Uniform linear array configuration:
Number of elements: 64
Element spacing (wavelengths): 0.5
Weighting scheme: binomial
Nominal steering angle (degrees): -60
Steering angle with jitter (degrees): -58.369
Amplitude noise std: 0.05
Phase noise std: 0.05

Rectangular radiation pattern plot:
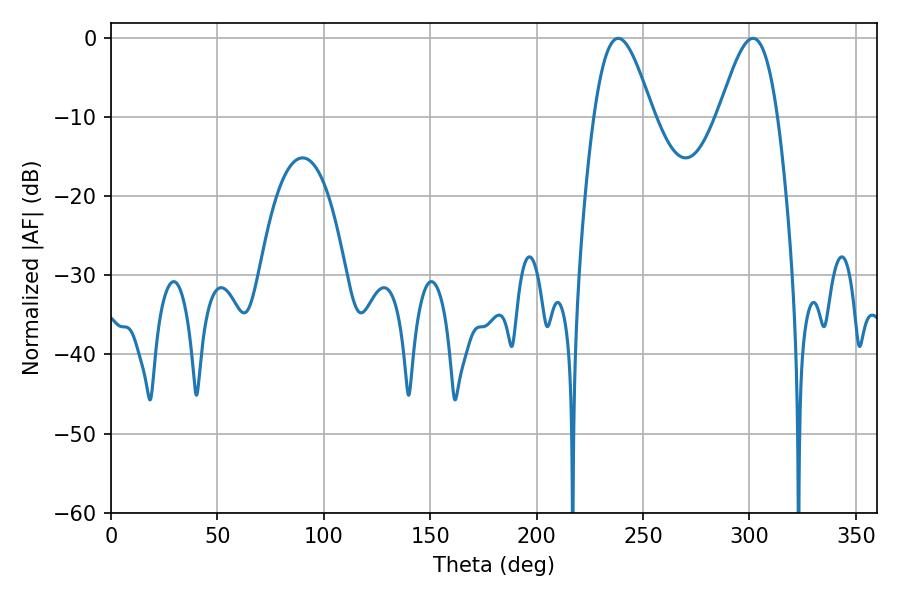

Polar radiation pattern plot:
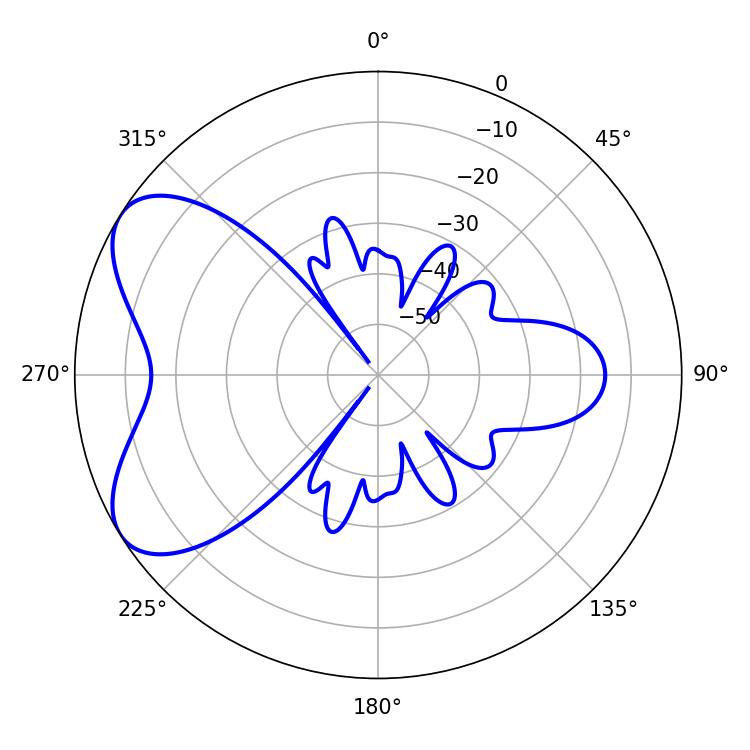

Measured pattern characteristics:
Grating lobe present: FALSE
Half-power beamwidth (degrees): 14.58
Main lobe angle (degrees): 238.32